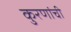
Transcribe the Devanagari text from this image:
कुरणांची